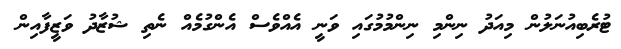
ޓުރެބިއުނަލުން މިއަދު ނިންމި ނިންމުމުގައި ވަނީ އެއްވެސް އެންގުމެއް ނެތި ޝުޒާދު ވަޒީފާއިން